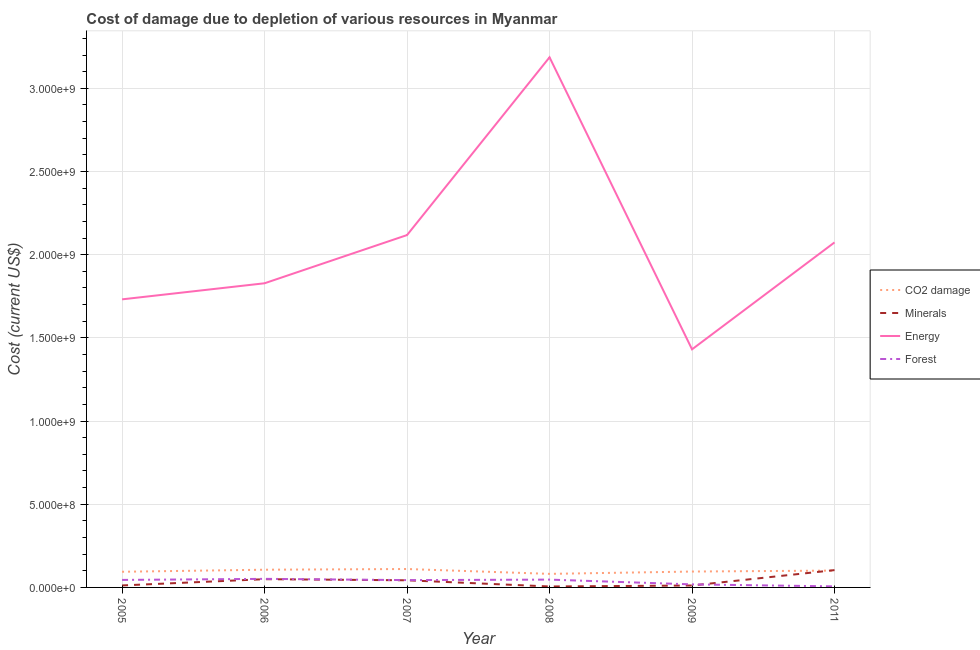
| Year | CO2 damage | Minerals | Energy | Forest |
 | --- | --- | --- | --- | --- |
 | 2005 | 9.41e+07 | 1.19e+07 | 1.73e+09 | 4.51e+07 |
 | 2006 | 1.06e+08 | 4.95e+07 | 1.83e+09 | 5.15e+07 |
 | 2007 | 1.11e+08 | 4.29e+07 | 2.12e+09 | 4.4e+07 |
 | 2008 | 8.15e+07 | 5.68e+06 | 3.19e+09 | 4.7e+07 |
 | 2009 | 9.55e+07 | 1.15e+07 | 1.43e+09 | 1.83e+07 |
 | 2011 | 1.01e+08 | 1.04e+08 | 2.07e+09 | 6.26e+06 |